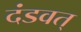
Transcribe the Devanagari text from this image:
दंडवत्‌